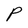
Character: P